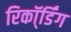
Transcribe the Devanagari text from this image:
रिकॉ्र्डिंग